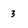
Character: 3